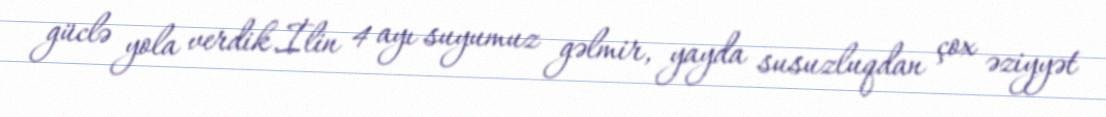
güclə yola verdik.İlin 4 ayı suyumuz gəlmir, yayda susuzluqdan çox əziyyət